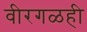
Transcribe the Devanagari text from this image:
वीरगळही